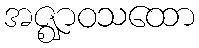
အဇ္ဈာဝသထော